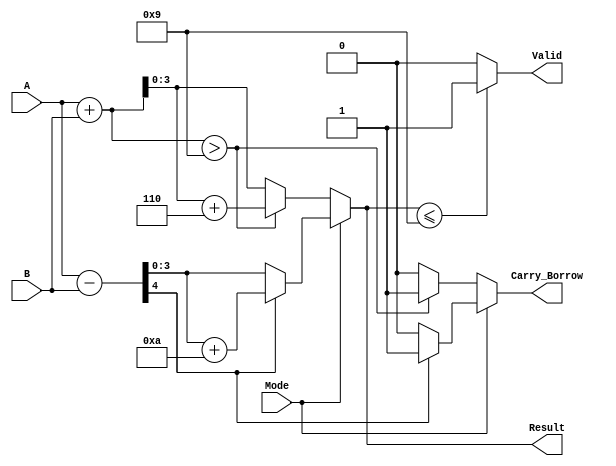
module BCD_Add_Subtracter (
    input [3:0] A,          // First BCD operand
    input [3:0] B,          // Second BCD operand
    input Mode,             // Mode selection: 0 for addition, 1 for subtraction
    output reg [3:0] Result, // BCD result of the operation
    output reg Carry_Borrow, // Carry out or borrow indicator
    output reg Valid         // Validity of the BCD result
);

    wire [4:0] Sum;         // 5 bits to hold sum (to account for carry)
    wire [4:0] Sub;         // 5 bits to hold subtraction result
    wire [4:0] Corrected_Sum; // Corrected sum for BCD addition
    wire [4:0] Corrected_Sub; // Corrected subtraction result

    // Binary Adder for addition
    assign Sum = A + B;

    // Binary Adder for subtraction (two's complement)
    assign Sub = A - B;

    // BCD Correction for addition
    always @(*) begin
        if (Mode == 0) begin // Addition
            if (Sum > 9) begin
                Corrected_Sum = Sum + 5'd6; // Add 6 for BCD correction
                Result = Corrected_Sum[3:0]; // Take lower 4 bits
                Carry_Borrow = 1; // Set carry
            end else begin
                Result = Sum[3:0]; // No correction needed
                Carry_Borrow = 0; // No carry
            end
        end else begin // Subtraction
            if (Sub[4] == 1) begin // Check if result is negative
                Corrected_Sub = Sub + 5'd10; // Add 10 for borrow correction
                Result = Corrected_Sub[3:0]; // Take lower 4 bits
                Carry_Borrow = 1; // Set borrow
            end else begin
                Result = Sub[3:0]; // No correction needed
                Carry_Borrow = 0; // No borrow
            end
        end
    end

    // Validity check for BCD
    always @(*) begin
        if (Mode == 0) begin // Addition
            Valid = (Result <= 9) ? 1 : 0; // Valid if result is <= 9
        end else begin // Subtraction
            Valid = (Result <= 9) ? 1 : 0; // Valid if result is <= 9
        end
    end

endmodule